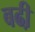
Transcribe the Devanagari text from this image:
बढी़